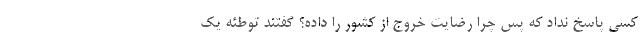
کسی پاسخ نداد که پس چرا رضایت خروج از کشور را داده؟ گفتند توطئه یک